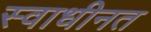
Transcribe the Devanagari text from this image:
स्वाधीनत